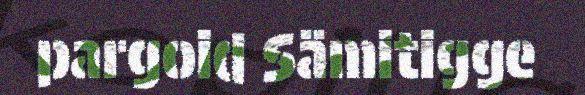
pargoid Sämitigge